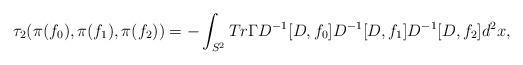
LaTeX: \begin{align*}{\tau}_{2}({\pi}(f_0),{\pi}(f_1),{\pi}(f_2))=-\int_{S^{2}}Tr{\Gamma}D^{-1}[D,f_0]D^{-1}[D,f_1]D^{-1}[D,f_2]d^{2}x,\end{align*}